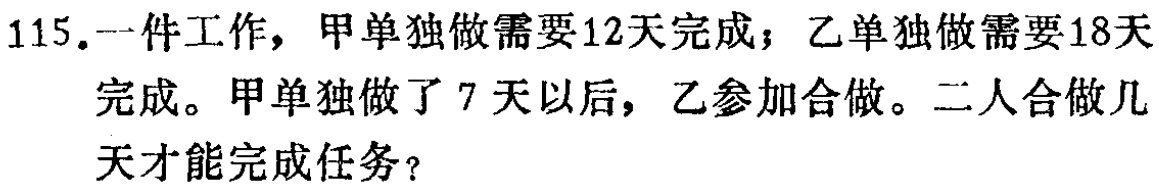
115.一件工作，甲单独做需要12天完成；乙单独做需要18天完成。甲单独做了7天以后，乙参加合做。二人合做几天才能完成任务？